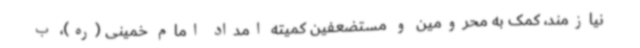
نیازمند، کمک به محرومین و مستضعفین کمیته امداد امام خمینی (ره)، ب